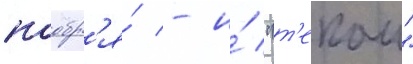
ноабр'я́ - и́ "т'екаи"